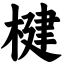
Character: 楗